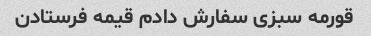
قورمه سبزی سفارش دادم قیمه فرستادن